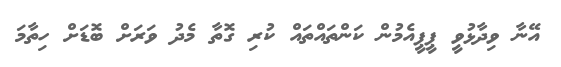
އޭނާ ވިދާޅުވީ ޕީޕީއެމުން ކަންތައްތައް ކުރި ގޮތާ މެދު ވަރަށް ބޮޑަށް ހިތާމަ